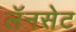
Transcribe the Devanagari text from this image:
लॅनसेट